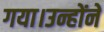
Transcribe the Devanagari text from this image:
गया।उन्होंने